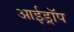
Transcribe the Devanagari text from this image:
आईड्रॉप